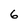
Character: 6